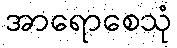
အာရောစေသုံ